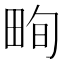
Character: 𤱬